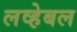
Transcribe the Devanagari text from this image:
लव्हेबल